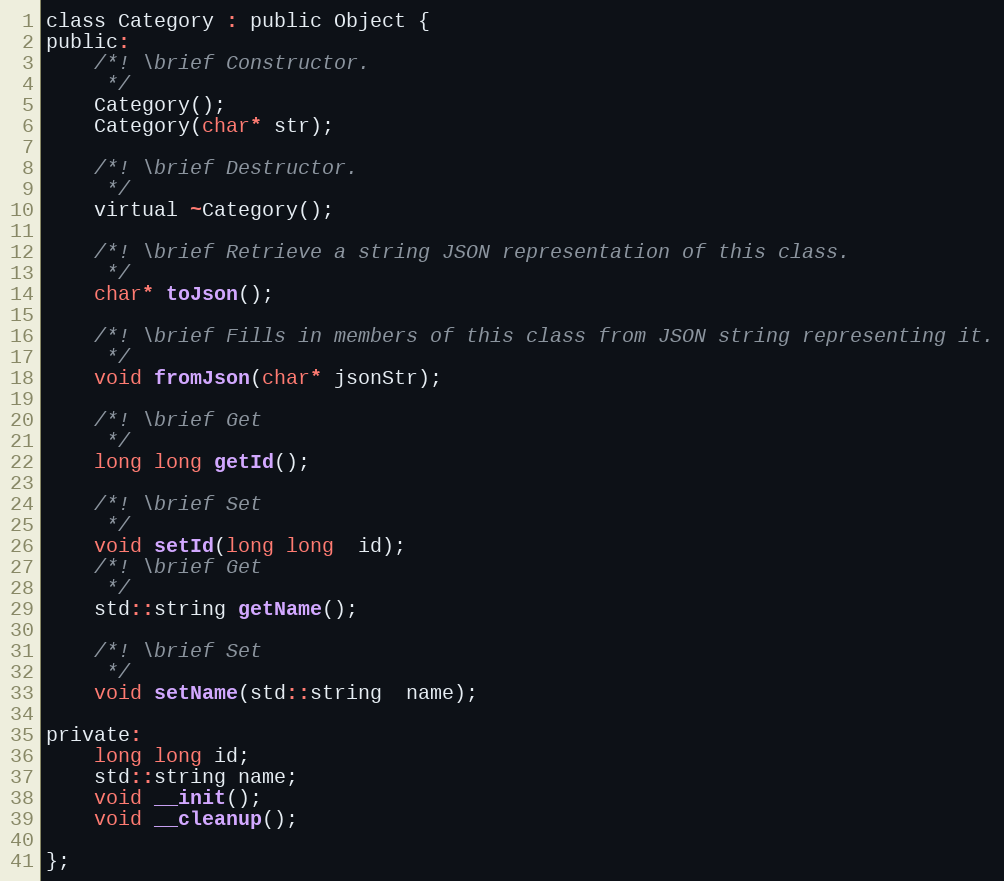
Language: C
class Category : public Object {
public:
	/*! \brief Constructor.
	 */
	Category();
	Category(char* str);

	/*! \brief Destructor.
	 */
	virtual ~Category();

	/*! \brief Retrieve a string JSON representation of this class.
	 */
	char* toJson();

	/*! \brief Fills in members of this class from JSON string representing it.
	 */
	void fromJson(char* jsonStr);

	/*! \brief Get
	 */
	long long getId();

	/*! \brief Set
	 */
	void setId(long long  id);
	/*! \brief Get
	 */
	std::string getName();

	/*! \brief Set
	 */
	void setName(std::string  name);

private:
	long long id;
	std::string name;
	void __init();
	void __cleanup();

};